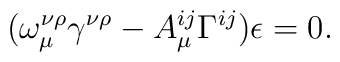
(\omega_{\mu}^{\nu\rho}\gamma^{\nu\rho}-A_{\mu}^{ij}\Gamma^{ij})\epsilon=0.